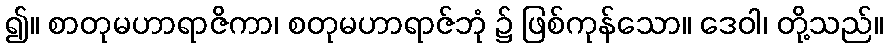
၍။ စာတုမဟာရာဇိကာ၊ စတုမဟာရာဇ်ဘုံ ၌ ဖြစ်ကုန်သော။ ဒေဝါ၊ တို့သည်။